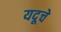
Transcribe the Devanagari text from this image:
यदूचे